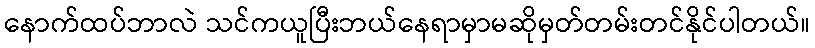
နောက်ထပ်ဘာလဲ သင်ကယူပြီးဘယ်နေရာမှာမဆိုမှတ်တမ်းတင်နိုင်ပါတယ်။